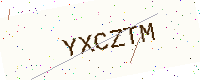
Text: YXCZTM